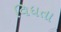
વિધતા